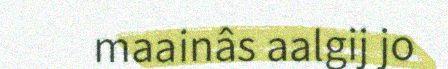
maainâs aalgij jo